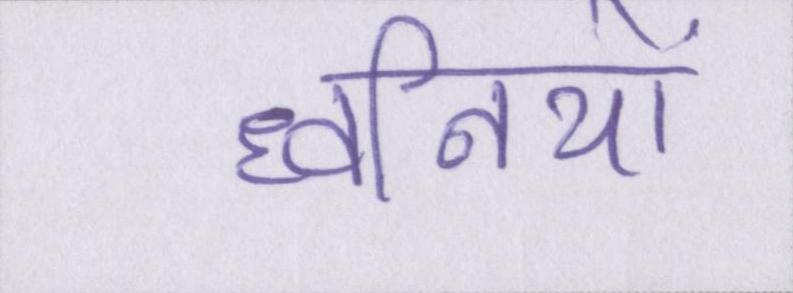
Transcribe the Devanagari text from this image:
ध्वनियों